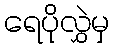
ရေပိုလွှဲမှ